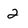
Character: 2